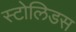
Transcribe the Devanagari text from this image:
स्टोलिडस